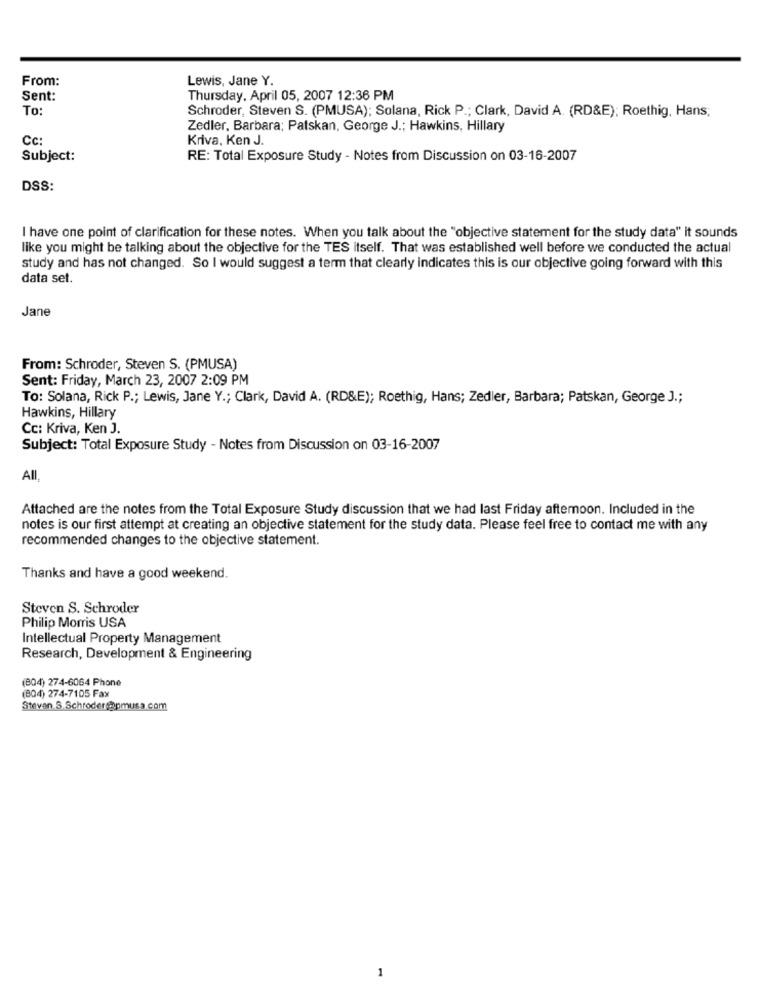
From:
Lewis, Jane Y.
Sent:
Thursday, April 05, 2007 12:36 PM
To
Schroder, Steven S. (PMUSA); Solana, Rick P .; Clark, David A. (RD&E); Roethig, Hans;
Zedler, Barbara; Patskan, George J .; Hawkins, Hillary
Cc:
Kriva, Ken J.
Subject:
RE: Total Exposure Study - Notes from Discussion on 03-16-2007
DSS:
I have one point of clarification for these notes. When you talk about the "objective statement for the study data" it sounds
like you might be talking about the objective for the TES itself. That was established well before we conducted the actual
study and has not changed. So I would suggest a term that clearly indicates this is our objective going forward with this
data set.
Jane
From: Schroder, Steven S. (PMUSA)
Sent: Friday, March 23, 2007 2:09 PM
To: Solana, Rick P .; Lewis, Jane Y .; Clark, David A. (RD&E); Roethig, Hans; Zedler, Barbara; Patskan, George J .;
Hawkins, Hillary
Cc: Kriva, Ken J.
Subject: Total Exposure Study - Notes from Discussion on 03-16-2007
All,
Attached are the notes from the Total Exposure Study discussion that we had last Friday afternoon. Included in the
notes is our first attempt at creating an objective statement for the study data. Please feel free to contact me with any
recommended changes to the objective statement.
Thanks and have a good weekend.
Steven S. Schroder
Philip Morris USA
Intellectual Property Management
Research, Development & Engineering
(804) 274-6064 Phone
(804) 274-7105 Fax
Steven. S.Schroder@pmusa.com
1